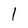
Character: 1